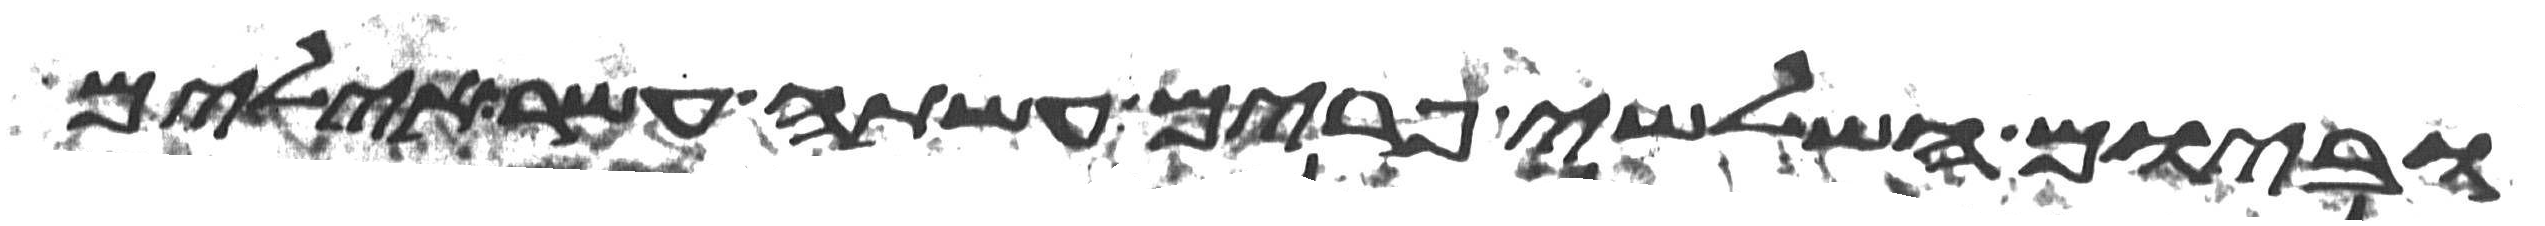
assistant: וביום השלישי פרים עשתה עשר אילים